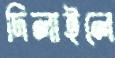
দিলাইলে